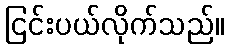
ငြင်းပယ်လိုက်သည်။